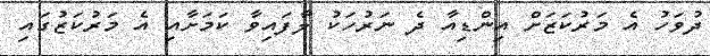
ދުވަހު އެ މަރުކަޒަށް އިންޑިއާ ދެ ނަރުހަކު ލާފައިވާ ކަމަށާއި އެ މަރުކަޒުގައި